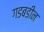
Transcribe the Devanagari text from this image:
गडबडीन